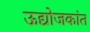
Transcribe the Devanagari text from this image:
ऊद्योजकांत